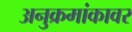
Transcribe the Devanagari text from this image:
अनुक्रमांकावर